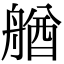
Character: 𦩲